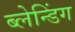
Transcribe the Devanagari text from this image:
ब्लेन्डिंग